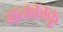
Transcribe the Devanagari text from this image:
गनकाकू